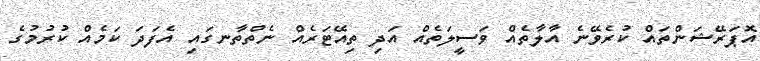
އޮޕަރޭޝަންތައް ކުރެވޭނެ އާލާތެއް ވަސީލަތެއް އަދި ތިއޭޓަރެއް ނެތްތާނގައި އެފަދަ ކަމެއް ކުރުމުގެ